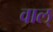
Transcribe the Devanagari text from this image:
वाल्